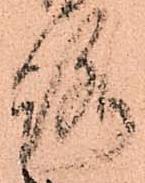
路